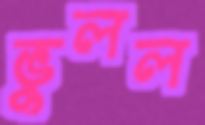
ভুলল